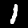
Label: 1